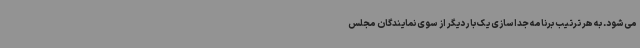
می‌شود. به هر ترتیب برنامه جداسازی یک بار دیگر از سوی نمایندگان مجلس